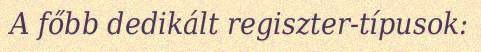
A főbb dedikált regiszter-típusok: